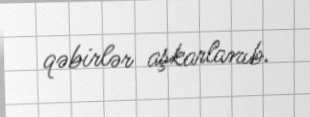
qəbirlər aşkarlanıb.